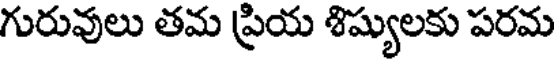
గురువులు తమ ప్రియ శిష్యులకు పరమ